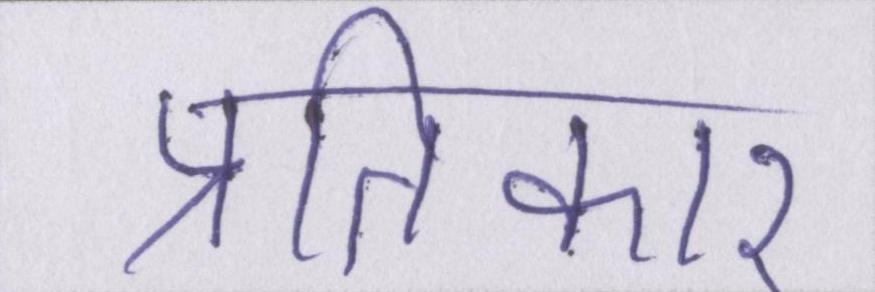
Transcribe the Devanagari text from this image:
प्रतिकार